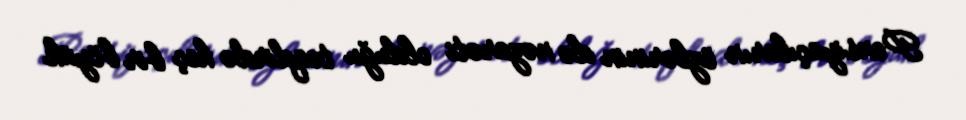
Pensiyaçıların özlərinin də nəzarəti olduğu təqdirdə heç bir böyük